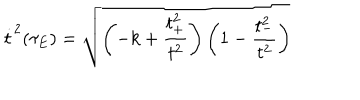
LaTeX: \dot { t } ^ { 2 } ( \tau _ { E } ) = \sqrt { \left( - k + \frac { t _ { + } ^ { 2 } } { t ^ { 2 } } \right) \left( 1 - \frac { t _ { - } ^ { 2 } } { t ^ { 2 } } \right) }